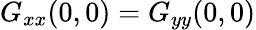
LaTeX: G_{xx}(0,0)=G_{yy}(0,0)